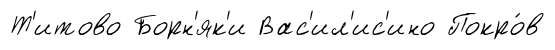
Т'итово Борн'як'и Вас'ил'ис'ино Покро́в